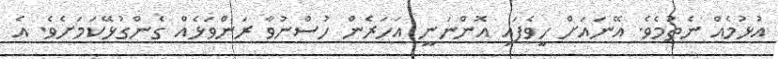
އުޅުމެއް ނެތުމެވެ. އޭނައަށް ހީވެފައި އޮންނަނީ އަހަރެން ހުސްނުވާ ރަންވަޅެއްް ގެންގުޅޭކަމަށެވެ. އެ